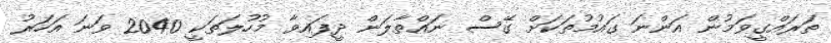
ތަރައްގީވަމުން އަންނަ ގައުމުތަކަށް ގޭސް ނައްތާލަން ދީފައިވާ މުހުލަތަކީ 2040 ވަނަ އަހަރު